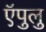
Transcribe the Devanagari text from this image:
ऍपुलु